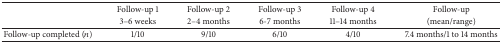
<table><thead><tr><td rowspan="2"><b> </b></td><td><b>Follow-up 1</b></td><td><b>Follow-up 2</b></td><td><b>Follow-up 3</b></td><td><b>Follow-up 4</b></td><td><b>Follow-up</b></td></tr><tr><td><b>3–6 weeks</b></td><td><b>2–4 months</b></td><td><b>6-7 months</b></td><td><b>11–14 months</b></td><td><b>(mean/range)</b></td></tr></thead><tbody><tr><td>Follow-up completed (<i>n</i>)</td><td>1/10</td><td>9/10</td><td>6/10</td><td>4/10</td><td>7.4 months/1 to 14 months</td></tr></tbody></table>